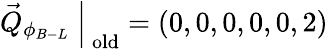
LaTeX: \vec{Q}_{\phi_{B-L}}~\Big|_{\mathrm{~old}}=(0,0,0,0,0,2)